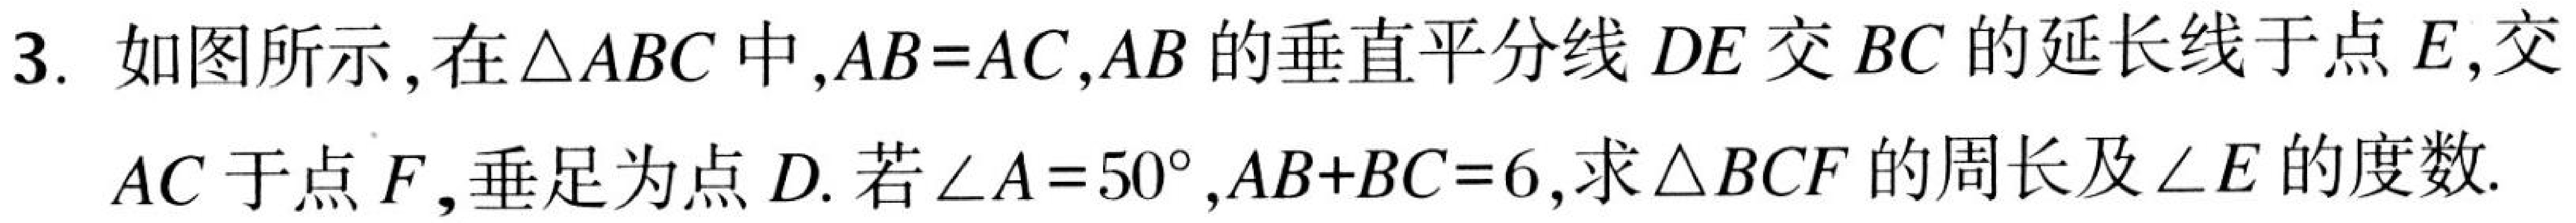
3. 如图所示,在$\triangle ABC$中,$AB = AC$,$AB$的垂直平分线$DE$交$BC$的延长线于点$E$,交
$AC$于点$F$,垂足为点$D$. 若$\angle A = 50^{\circ},AB + BC = 6$,求$\triangle BCF$的周长及$\angle E$的度数.